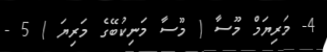
4- މަރިޔަމް މޫސާ ( މޫސާ މަނިކުބޭގެ މަރިޔަ ) 5 -